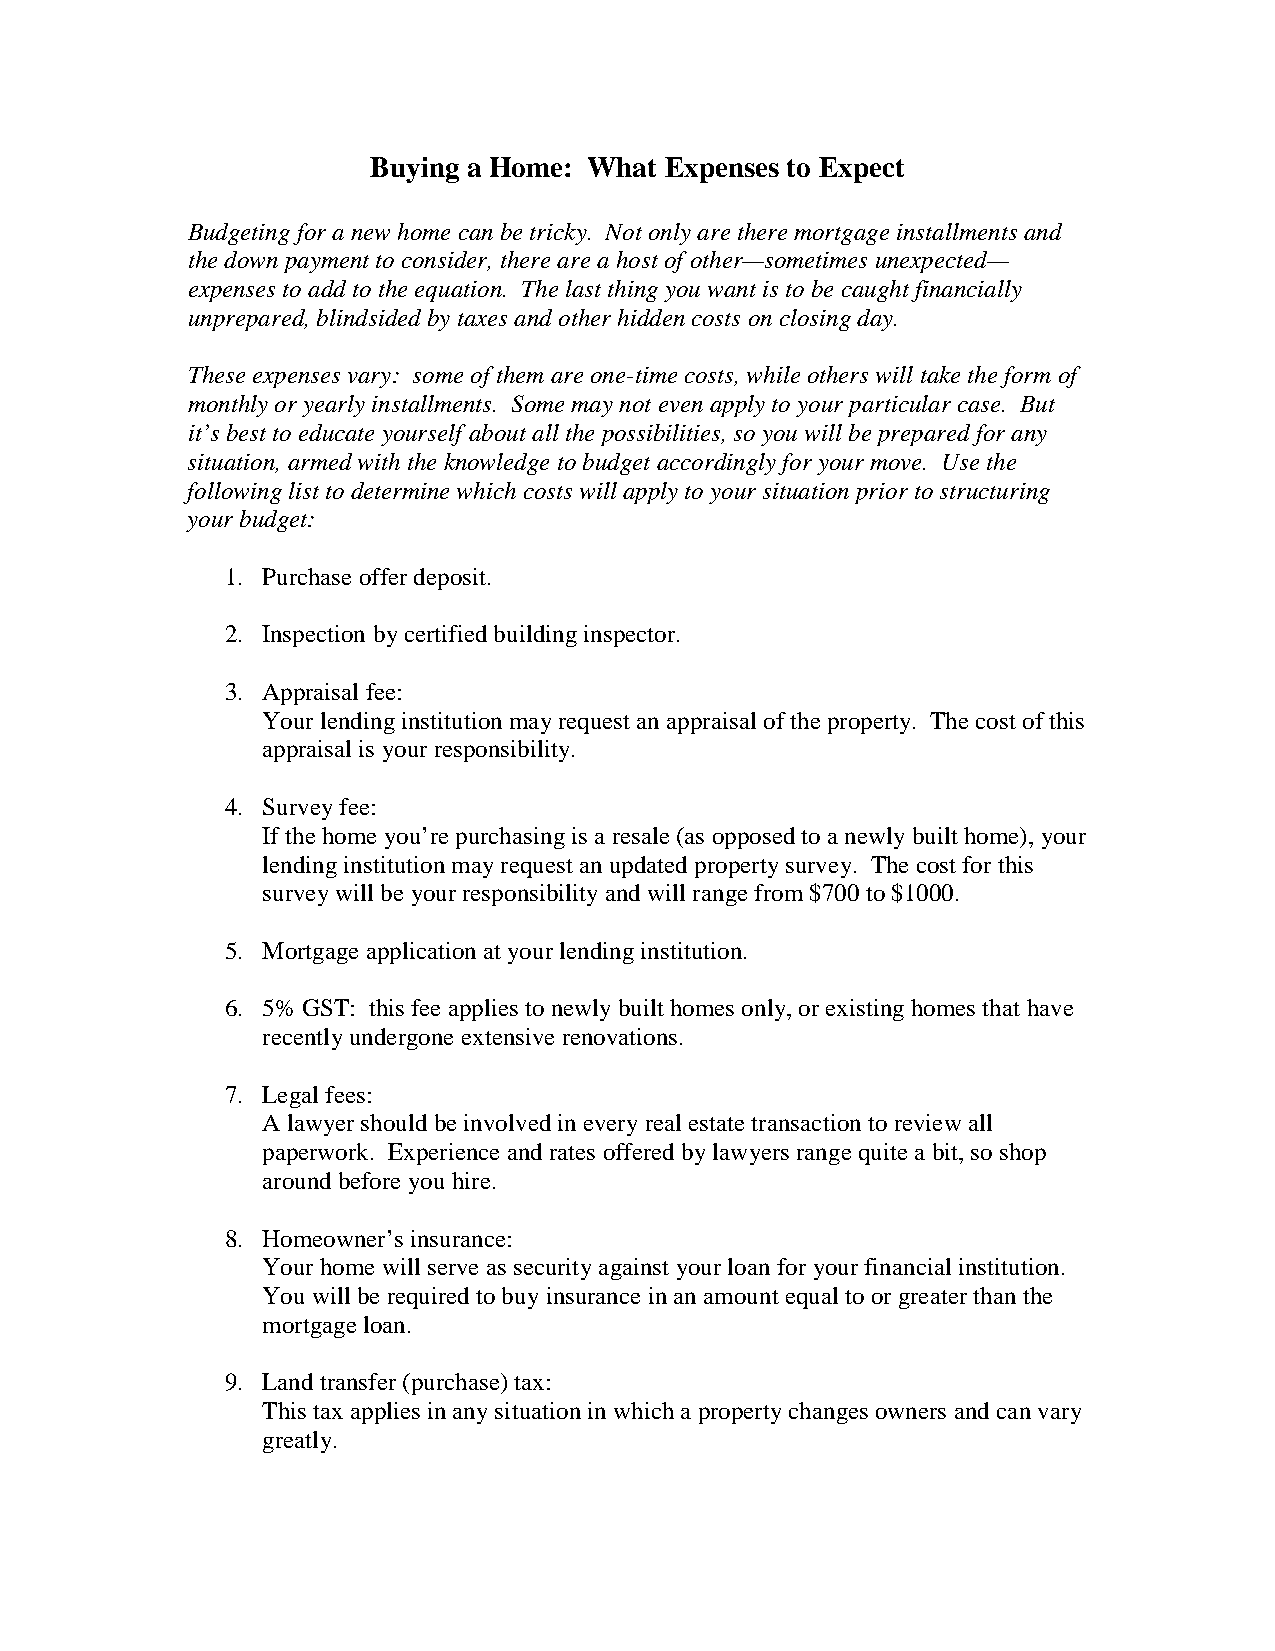
Buying a Home: What Expenses to Expect
 Budgeting for a new home can be tricky. Not only are there mortgage installments and
 the down payment to consider, there are a host of other—sometimes unexpected—
 expenses to add to the equation. The last thing you want is to be caught financially
 unprepared, blindsided by taxes and other hidden costs on closing day.
 These expenses vary: some of them are one-time costs, while others will take the form of
 monthly or yearly installments. Some may not even apply to your particular case. But
 it’s best to educate yourself about all the possibilities, so you will be prepared for any
 situation, armed with the knowledge to budget accordingly for your move. Use the
 following list to determine which costs will apply to your situation prior to structuring
 your budget:
 1. Purchase offer deposit.
 2. Inspection by certified building inspector.
 3. Appraisal fee:
 Your lending institution may request an appraisal of the property. The cost of this
 appraisal is your responsibility.
 4. Survey fee:
 If the home you’re purchasing is a resale (as opposed to a newly built home), your
 lending institution may request an updated property survey. The cost for this
 survey will be your responsibility and will range from $700 to $1000.
 5. Mortgage application at your lending institution.
 6. 5% GST: this fee applies to newly built homes only, or existing homes that have
 recently undergone extensive renovations.
 7. Legal fees:
 A lawyer should be involved in every real estate transaction to review all
 paperwork. Experience and rates offered by lawyers range quite a bit, so shop
 around before you hire.
 8. Homeowner’s insurance:
 Your home will serve as security against your loan for your financial institution.
 You will be required to buy insurance in an amount equal to or greater than the
 mortgage loan.
 9. Land transfer (purchase) tax:
 This tax applies in any situation in which a property changes owners and can vary
 greatly.